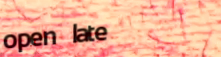
open late